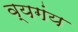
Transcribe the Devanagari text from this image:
व्यगंय